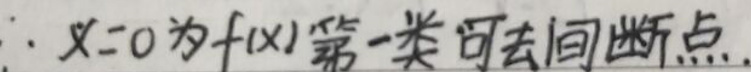
$\therefore x = 0$为$f(x)$第一类可去间断点.